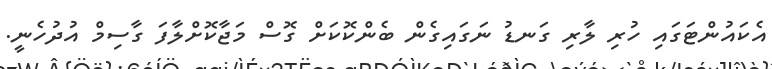
އެކައުންޓަގައި ހުރި ލާރި ގަނޑު ނަގައިގެން ބެންކޮކަށް ގޮސް މަޖާކޮށްލާފަ ގާސިމް އުދުހެނީ.